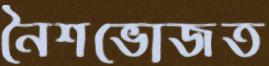
নৈশভোজত